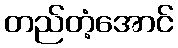
တည်တံ့အောင်